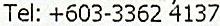
TEL: +603-3362 4137